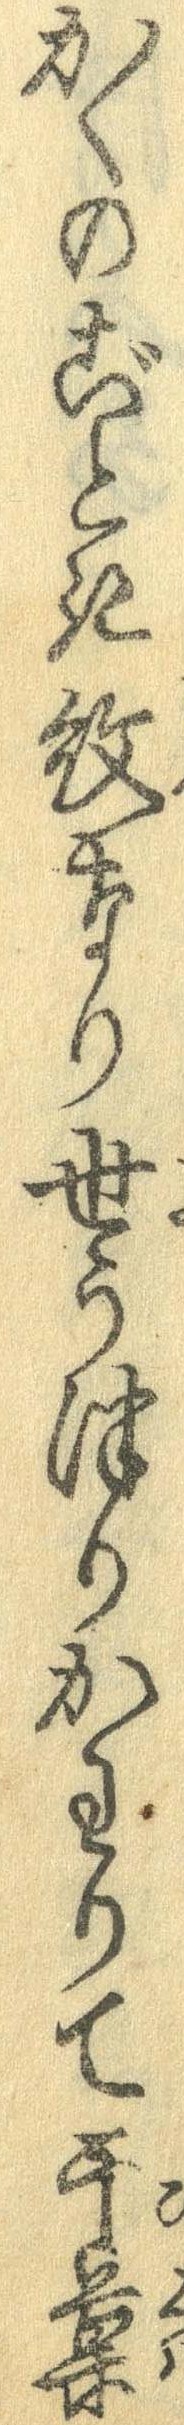
かくのごとき紋なり世うつりかわりて干菓